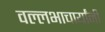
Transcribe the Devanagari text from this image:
वल्लभाचार्यांनी